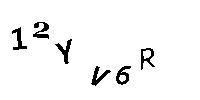
12YV6R